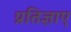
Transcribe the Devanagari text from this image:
प्रतिज्ञाए